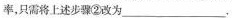
率，只需将上述步骤②改为___.